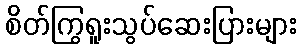
စိတ်ကြွရူးသွပ်ဆေးပြားများ